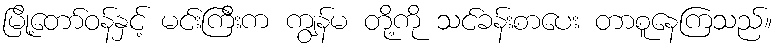
မြို့တော်ဝန်နှင့် မင်းကြီးက ကျွန်မ တို့ကို သင်ခန်းစာပေး တာစူနေကြသည်။